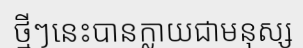
ថ្មីៗនេះបានក្លាយជាមនុស្ស